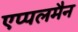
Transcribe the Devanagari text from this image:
एप्पलमैन